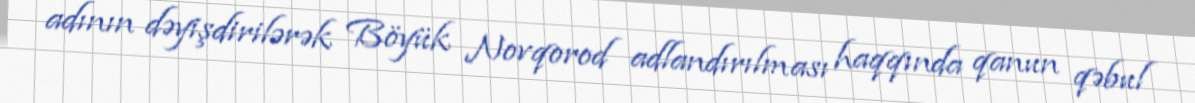
adının dəyişdirilərək Böyük Novqorod adlandırılması haqqında qanun qəbul